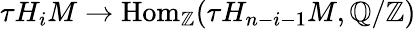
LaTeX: \tau H_{i}M\to\mathrm{Hom}_{\mathbb{Z}}(\tau H_{n-i-1}M,\mathbb{Q}/\mathbb{Z})